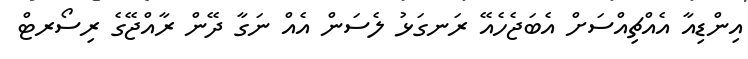
އިންޑިއާ އެއްޗިއްސަށް އެބަޖެހެއޭ ރަނގަޅު ލެސަން އެއް ނަގާ ދޭން ރާއްޖޭގެ ރިސޯރޓް